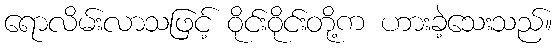
ရောလိမ်းလာသဖြင့် ဝိုင်းဝိုင်းတို့က ဟားခဲ့သေးသည်။